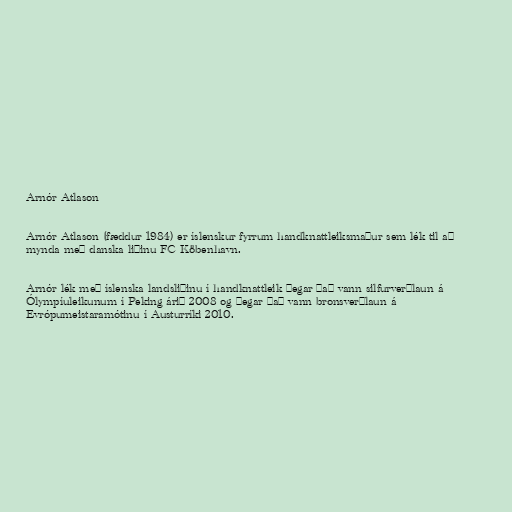
Arnór Atlason

Arnór Atlason (fæddur 1984) er íslenskur fyrrum handknattleiksmaður sem lék til að
mynda með danska liðinu FC Köbenhavn.

Arnór lék með íslenska landsliðinu í handknattleik þegar það vann silfurverðlaun á
Ólympíuleikunum í Peking árið 2008 og þegar það vann bronsverðlaun á
Evrópumeistaramótinu í Austurríki 2010.